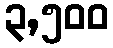
၃,၅၀၀